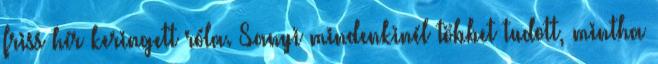
friss hír ke­ringett róla. Sanyi mindenkinél többet tudott, mintha